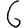
Digit: 6